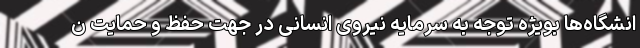
انشگاه‌ها بویژه توجه به سرمایه نیروی انسانی‌ در جهت حفظ و حمایت ن